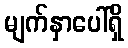
မျက်နှာပေါ်ရှိ